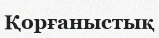
Қорғаныстық